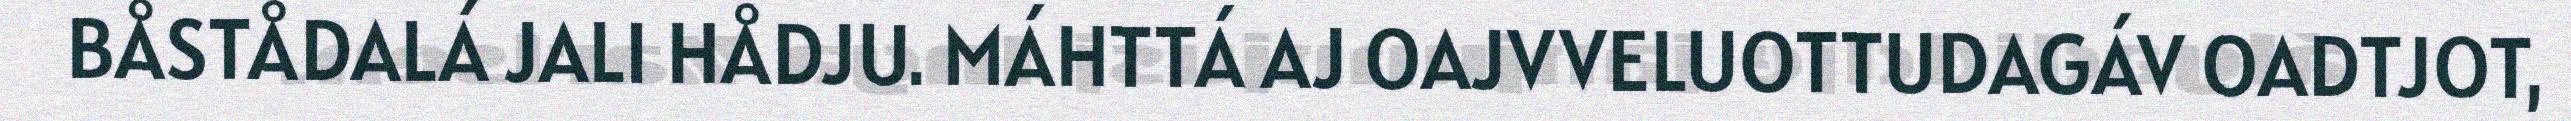
BÅSTÅDALÁ JALI HÅDJU. MÁHTTÁ AJ OAJVVELUOTTUDAGÁV OADTJOT,